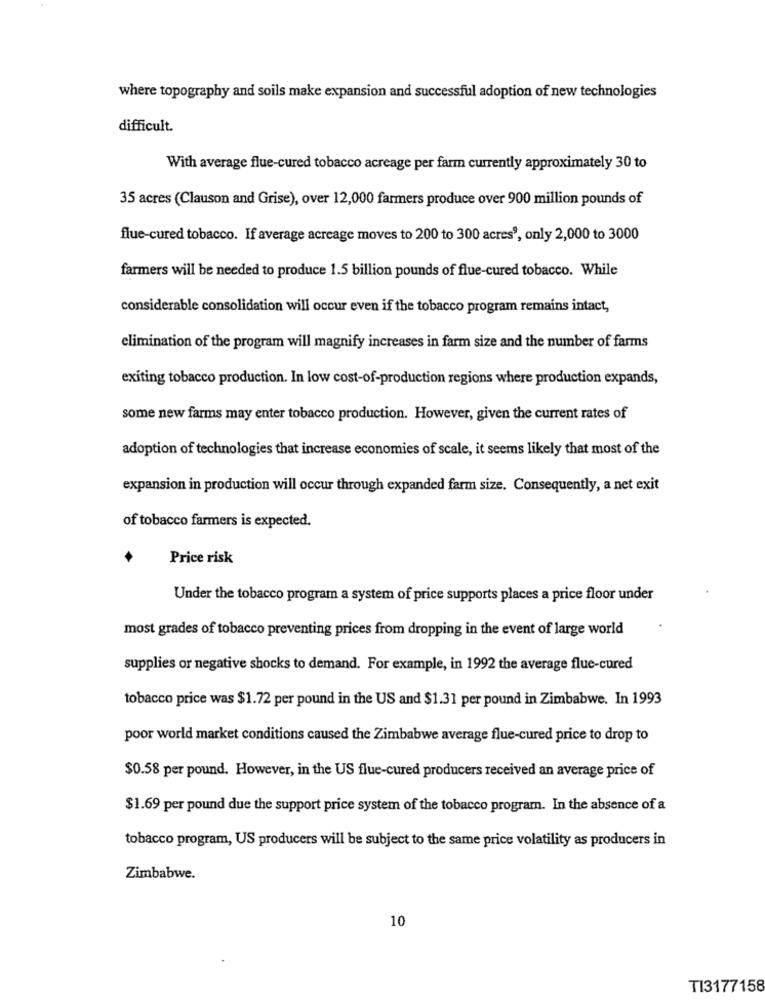
where topography and soils make expansion and successful adoption of new technologies
difficult.
With average flue-cured tobacco acreage per farm currently approximately 30 to
35 acres (Clauson and Grise), over 12,000 farmers produce over 900 million pounds of
flue-cured tobacco. If average acreage moves to 200 to 300 acres3, only 2,000 to 3000
farmers will be needed to produce 1.5 billion pounds of flue-cured tobacco. While
considerable consolidation will occur even if the tobacco program remains intact,
elimination of the program will magnify increases in farm size and the number of farms
exiting tobacco production. In low cost-of-production regions where production expands,
some new farms may enter tobacco production. However, given the current rates of
adoption of technologies that increase economies of scale, it seems likely that most of the
expansion in production will occur through expanded farm size. Consequently, a net exit
of tobacco farmers is expected.
Price risk
Under the tobacco program a system of price supports places a price floor under
most grades of tobacco preventing prices from dropping in the event of large world
supplies or negative shocks to demand. For example, in 1992 the average flue-cured
tobacco price was $1.72 per pound in the US and $1.31 per pound in Zimbabwe. In 1993
poor world market conditions caused the Zimbabwe average flue-cured price to drop to
$0.58 per pound. However, in the US flue-cured producers received an average price of
$1.69 per pound due the support price system of the tobacco program. In the absence of a
tobacco program, US producers will be subject to the same price volatility as producers in
Zimbabwe.
10
TI3177158